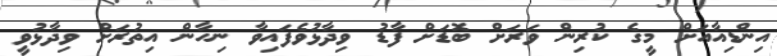
އިންޑިއާއަށް މީގެ ކުރިން ވަރަށް ބޮޑަށް ފާޑު ވިދާޅުވެފައިވާ ނިހާން އިތުރަށް ވިދާޅުވީ